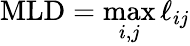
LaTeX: \mathrm{MLD}=\operatorname*{max}_{i,j}\ell_{ij}